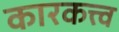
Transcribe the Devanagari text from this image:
कारकत्त्व